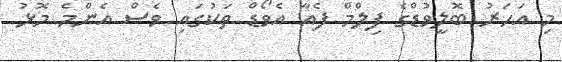
މި އަހަރު ބޮލީވުޑްގެ ފިލްމް ފެއާ އެވޯޑް ތަކުގައި ވެސް އެންމެ މޮޅު